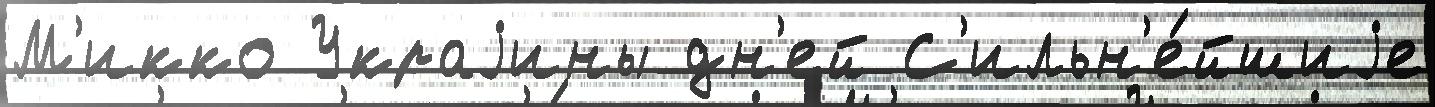
М'икко Украjины дн'ей С'ильн'е́йшиjе